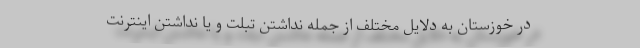
در خوزستان به دلایل مختلف از جمله نداشتن تبلت و یا نداشتن اینترنت